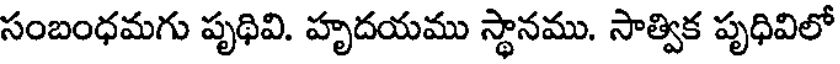
సంబంధమగు పృథివి. హృదయము స్థానము. సాత్విక పృధివిలో